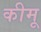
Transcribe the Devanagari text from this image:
कीमू